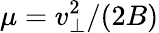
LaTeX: \mu=v_{\perp}^{2}/(2B)